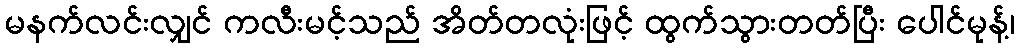
မနက်လင်းလျှင် ကလီးမင့်သည် အိတ်တလုံးဖြင့် ထွက်သွားတတ်ပြီး ပေါင်မုန့်၊